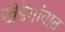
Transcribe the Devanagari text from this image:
खेडेगांवात